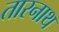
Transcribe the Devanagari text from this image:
तारनाथ